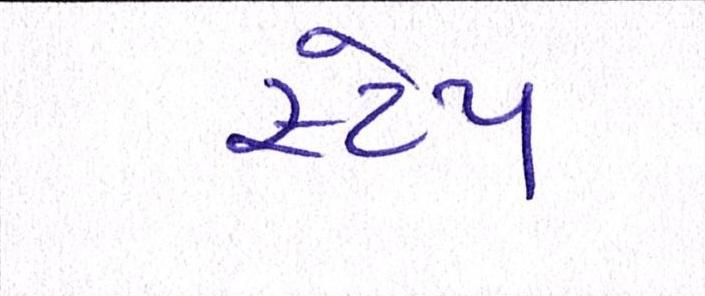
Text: સ્ટેપ